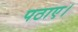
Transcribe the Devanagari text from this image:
पठाए।